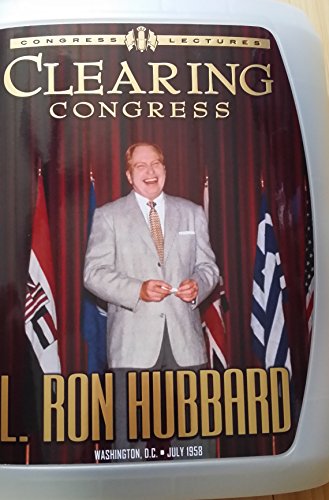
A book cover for Clearing Congress (Congress Lectures); Religion & Spirituality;